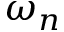
\omega _ { n }